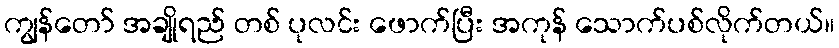
ကျွန်တော် အချိုရည် တစ် ပုလင်း ဖောက်ပြီး အကုန် သောက်ပစ်လိုက်တယ်။